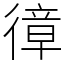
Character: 𢕔